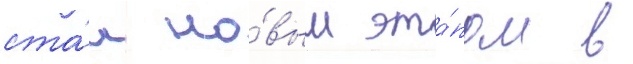
ста́л но́вым эта́пом в